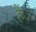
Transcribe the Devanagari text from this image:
हैं़